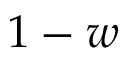
1 - w